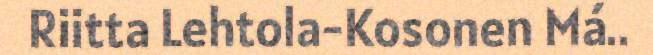
Riitta Lehtola-Kosonen Má..